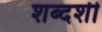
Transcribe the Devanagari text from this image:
शब्दशी